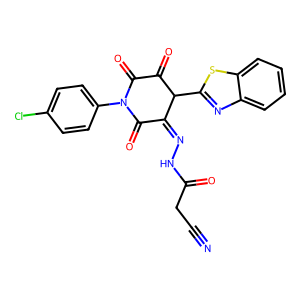
SMILES: N#CCC(=O)NN=C1C(=O)N(c2ccc(Cl)cc2)C(=O)C(=O)C1c1nc2ccccc2s1
Inhibits HIV replication: No